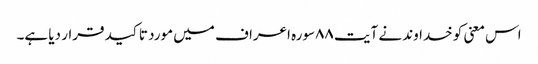
اس معنی کو خداوند نے آیت ٨٨سورہ اعراف میں مورد تاکید قرار دیا ہے۔